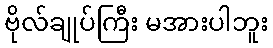
ဗိုလ်ချုပ်ကြီး မအားပါဘူး